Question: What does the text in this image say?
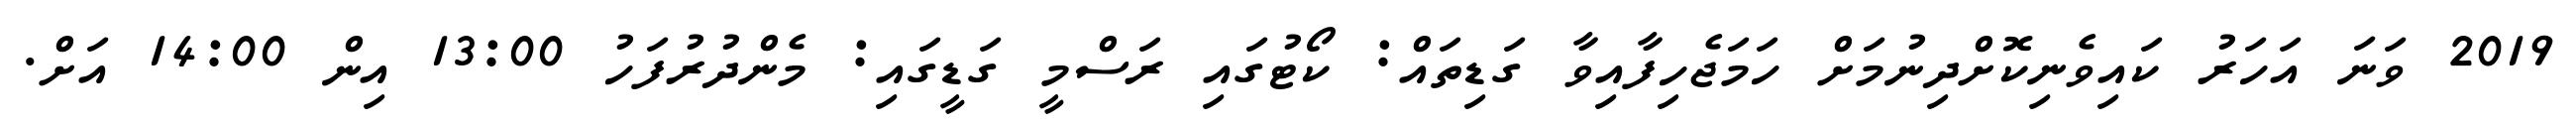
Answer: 2019 ވަނަ އަހަރު ކައިވެނިކޮށްދިނުމަށް ހަމަޖެހިފާއިވާ ގަޑިތައް: ކޯޓުގައި ރަސްމީ ގަޑީގައި: މެންދުރުފަހު 13:00 އިން 14:00 އަށް.